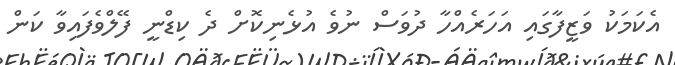
އެކަމަކު ވަޒީފާގައި އަހަރެއްހާ ދުވަސް ނުވެ އުޅެނިކޮށް ދެ ކިޑްނީ ފޭލްވެފައިވާ ކަން